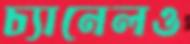
চ্যানেলও